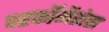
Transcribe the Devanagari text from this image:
परफॉमेंशेस